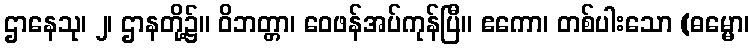
ဌာနေသု၊ ၂၊ ဌာနတို့၌။ ဝိဘတ္တာ၊ ဝေဖန်အပ်ကုန်ပြီ။ ဧကော၊ တစ်ပါးသော (ဓမ္မော၊